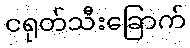
ငရုတ်သီးခြောက်